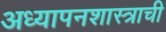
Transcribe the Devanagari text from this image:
अध्यापनशास्त्राची